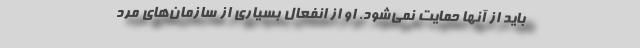
باید از آنها حمایت نمی‌شود. او از انفعال بسیاری از سازمان‌های مرد